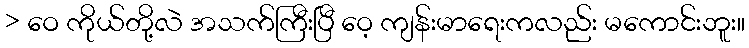
> ဝေ ကိုယ်တို့လဲ အသက်ကြီးပြီ ဝေ့ ကျန်းမာရေးကလည်း မကောင်းဘူး။